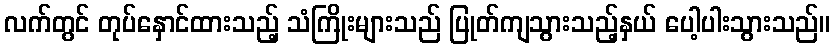
လက်တွင် တုပ်နှောင်ထားသည့် သံကြိုးများသည် ပြုတ်ကျသွားသည့်နှယ် ပေါ့ပါးသွားသည်။